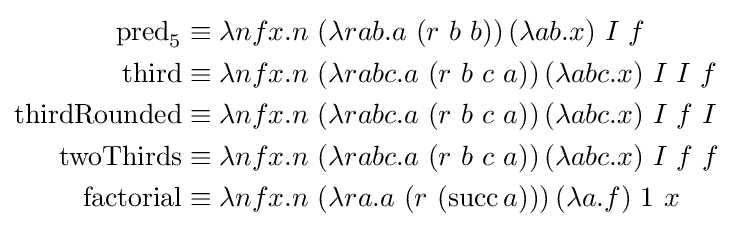
{\begin{aligned}\operatorname {pred} _{5}\equiv \lambda nfx.n\ &(\lambda rab.a\ (r\ b\ b))\,(\lambda ab.x)\ I\ f\\\operatorname {third} \equiv \lambda nfx.n\ &(\lambda rabc.a\ (r\ b\ c\ a))\,(\lambda abc.x)\ I\ I\ f\\\operatorname {thirdRounded} \equiv \lambda nfx.n\ &(\lambda rabc.a\ (r\ b\ c\ a))\,(\lambda abc.x)\ I\ f\ I\\\operatorname {twoThirds} \equiv \lambda nfx.n\ &(\lambda rabc.a\ (r\ b\ c\ a))\,(\lambda abc.x)\ I\ f\ f\\\operatorname {factorial} \equiv \lambda nfx.n\ &(\lambda ra.a\ (r\ (\operatorname {succ} a)))\,(\lambda a.f)\ 1\ x\\\end{aligned}}